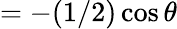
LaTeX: =-(1/2)\cos\theta